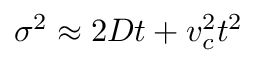
\sigma ^ { 2 } \approx 2 D t + v _ { c } ^ { 2 } t ^ { 2 }